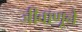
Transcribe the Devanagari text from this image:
जीवाणूने